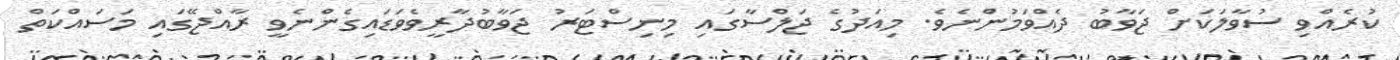
ކުރެއްވި ސުވާލަކަށް ޖަވާބު ދެއްވަމުންނެވެ. މިއަދުގެ ޖަލްސާގައި މިނިސްޓަރު ޖަވާބުދާރީވެވަޑައިގެންނެވީ ރާއްޖޭގައި މަސައްކަތް